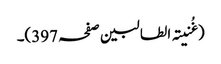
(غُنیتہ الطالبین صفحہ 397)۔